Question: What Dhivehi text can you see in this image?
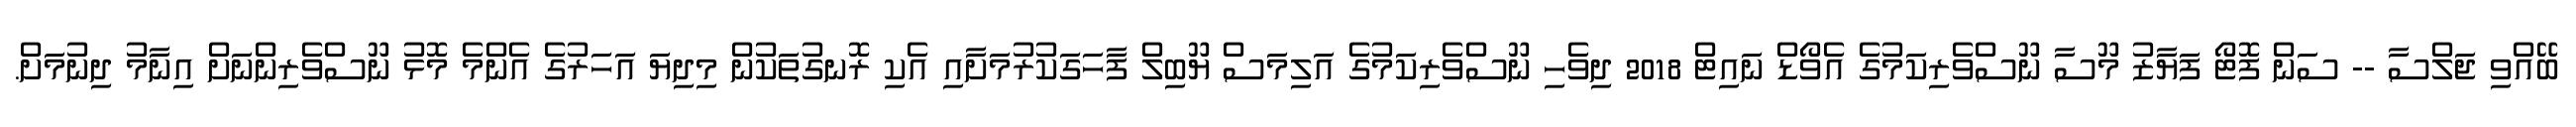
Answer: ބޭއްވި ޖަލްސާ -- ސަން ފޮޓޯ ފަޔާޒު މޫސާ ނޫސްވެރިކަމުގެ އެވޯޑް ނައިޓް 2018 ދިވެހި ނޫސްވެރިކަމުގެ އަލިމަސް ޔޫބިލް ފާހަގަކުރުމަށާއި އެކި ރޮނގުތަކުން މިދިޔަ އަހަރުގެ އެންމެ މޮޅު ނޫސްވެރިންނަށް އިނާމު ދިނުމަށް.